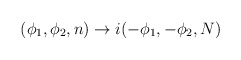
\begin{align*}(\phi _{1},\phi _{2},n)\rightarrow i(-\phi _{1},-\phi _{2},N) \end{align*}